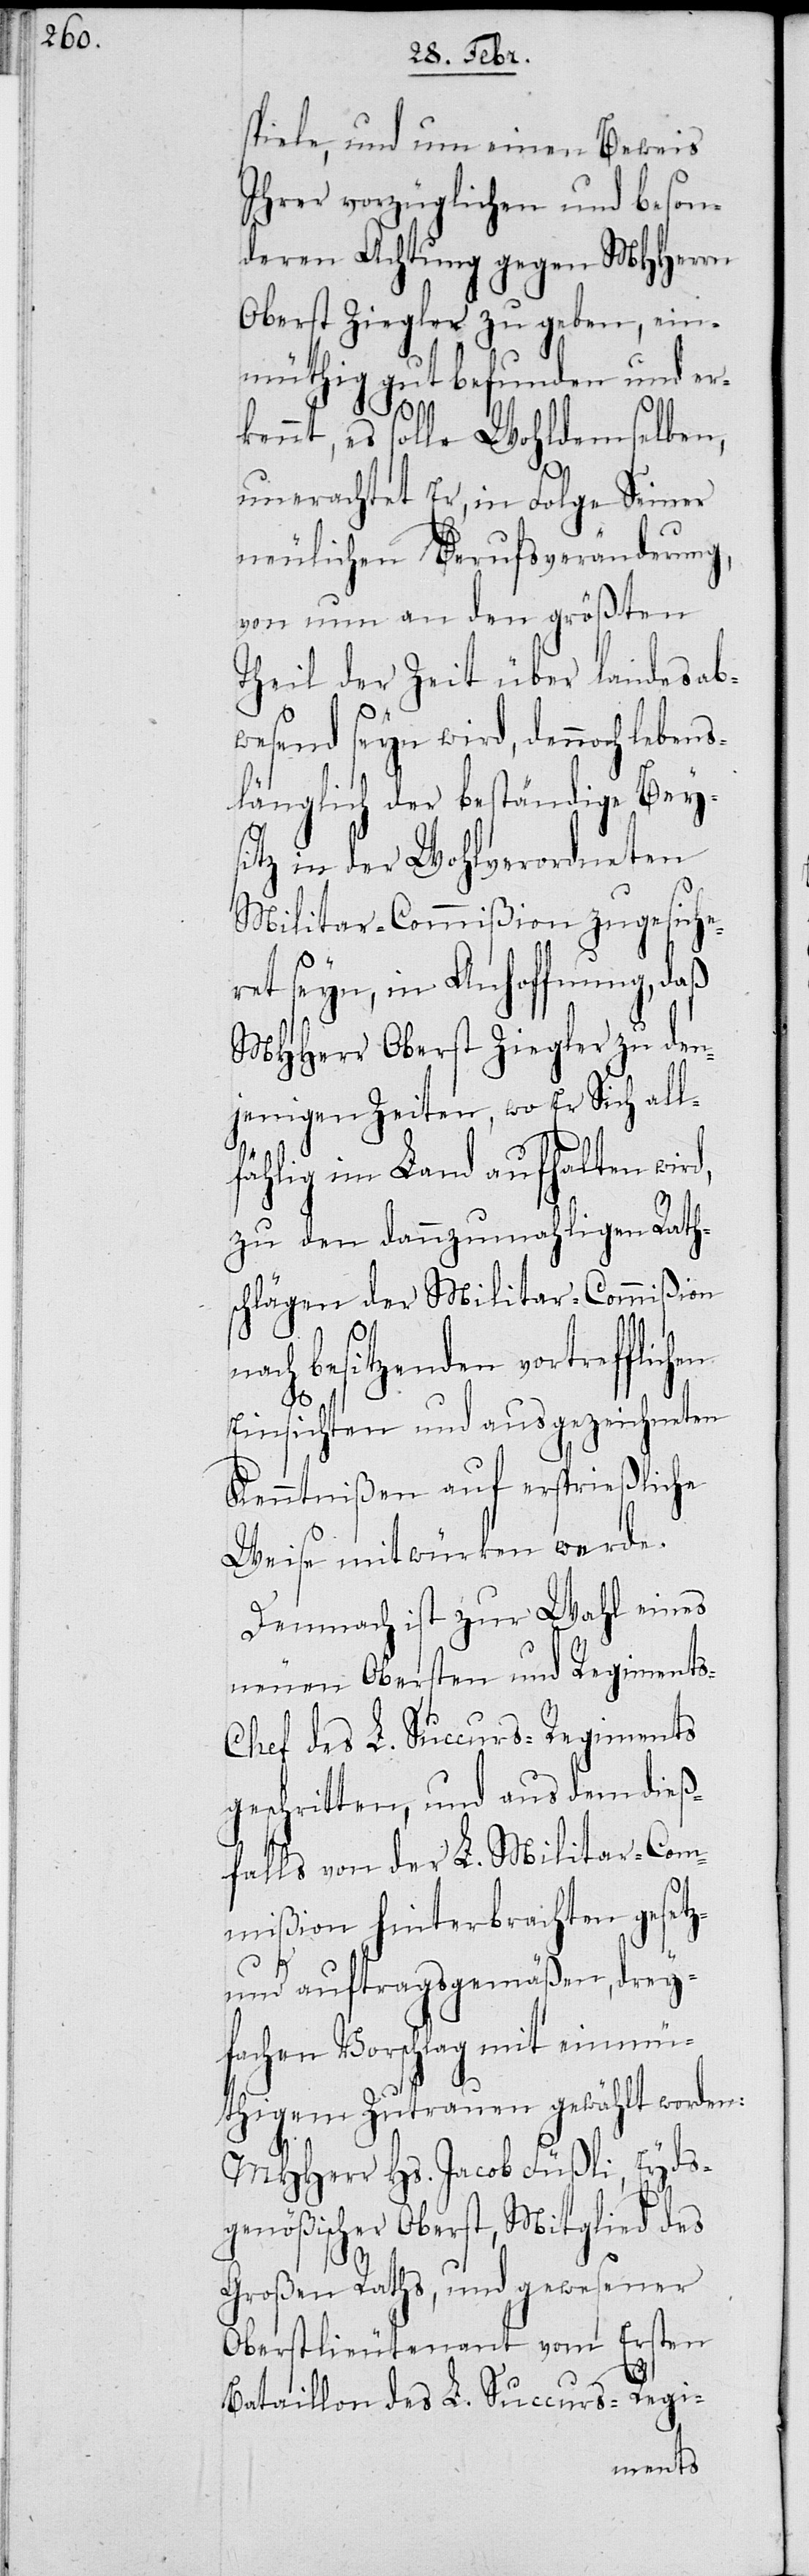
spiele, und um einen Beweis
Ihrer vorzüglichen und beson¬
deren Achtung gegen MHHerrn
Oberst Ziegler zu geben, ein¬
müthig gut befunden und er¬
kannt, es solle Wohldemselben,
unerachtet Er, in Folge Seiner
neulichen Berufsveränderung,
von nun an den größten
Teil der Zeit über landesab¬
wesend seyn wird, dennoch leben¬
slänglich der beständige Beys¬
itz in der Wohlverordneten
Militar-Commißion zugesiche¬
ret seyn, in Anhoffnung, daß
MHHerr Oberst Ziegler zu den¬
jenigen Zeiten, wo Er Sich all¬
fählig im Land aufhalten wird,
zu den dannzumahligen Rath¬
schlägen der Militar-Commißion
nach besitzenden vortrefflich¬
Einsichten und ausgezeichneten
Kenntnißen auf ersprießliche
Weise mitwürken werde.
Demnach ist zur Wahl eines
neuen Obersten und Regiment¬
s-Chef des L. Succurs-Regiments
geschritten, und aus dem dieß¬
falls von der L. Militar-Com¬
mißion hinterbrachten gesetz-
und auftragsgemäßen, drey¬
fachen Vorschlag mit einmü¬
thigem Zutrauen gewählt worden:
MHHerr Hs. Jacob Füßli, Eyds¬
genößischer Oberst, Mitglied des
Großen Raths, und gewesener
Oberstlieutenant vom Ersten
Bataillon des L. Succurs-Regi-
en